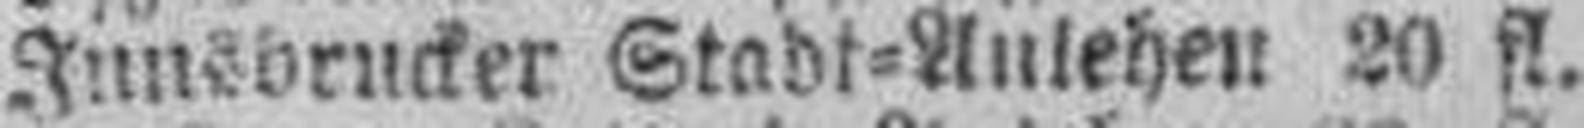
Innsbrucker Stadt=Anlehen 20 fl.